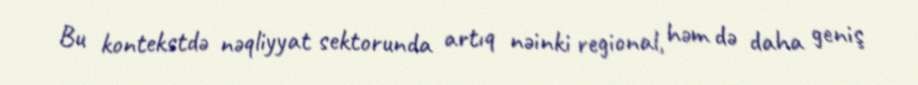
Bu kontekstdə nəqliyyat sektorunda artıq nəinki regional, həm də daha geniş